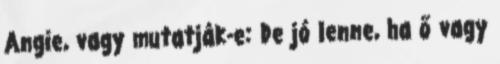
Angie, vagy mutatják-e: De jó lenne, ha ő vagy